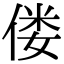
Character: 偻